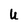
Character: U